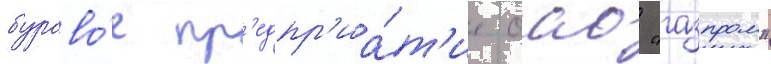
бурово́е пр'едпр'иа́т'ие оао "газпром"